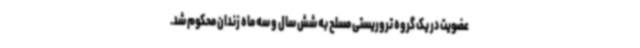
عضویت در یک گروه تروریستی مسلح به شش سال و سه ماه زندان محکوم شد.